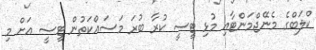
ކްލަބްގެ މެނޭޖްމަންޓާއި މުޅި ޓީސީ ކުރާ ބުރަ މަސައްކަތުން ޓީސީ އަށް މި